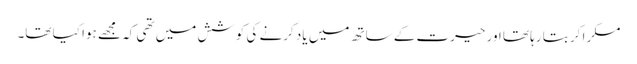
مسکرا کر بتا رہا تھا اور حیرت کے ساتھ میں یاد کرنے کی کوشش میں تھی کہ مجھے ہوا کیا تھا۔